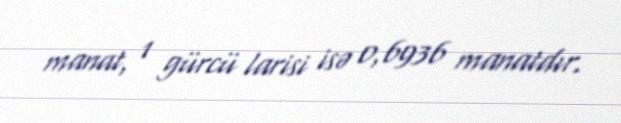
manat, 1 gürcü larisi isə 0,6936 manatdır.